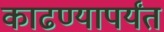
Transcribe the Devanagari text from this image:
काढण्यापर्यंत